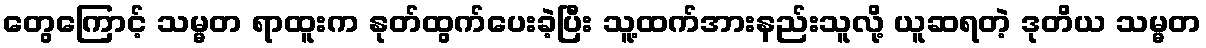
တွေကြောင့် သမ္မတ ရာထူးက နုတ်ထွက်ပေးခဲ့ပြီး သူ့ထက်အားနည်းသူလို့ ယူဆရတဲ့ ဒုတိယ သမ္မတ